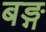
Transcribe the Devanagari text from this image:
बङ्ग